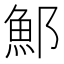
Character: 𫑨